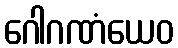
ဂေါဂဏံယေဝ